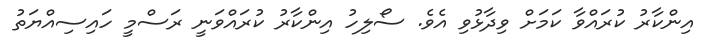
އިންކާރު ކުރައްވާ ކަމަށް ވިދާޅުވި އެވެ. ސޯލިހު އިންކާރު ކުރައްވަނީ ރަސްމީ ހައިސިއްޔަތު